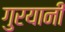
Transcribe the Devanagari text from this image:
गुरयानी